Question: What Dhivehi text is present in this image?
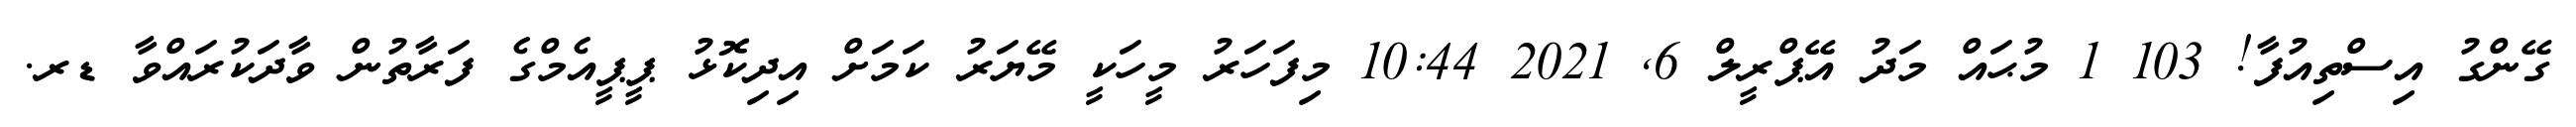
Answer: ގޭންގު އިސްތިއުފާ! 103 1 މުޙައް މަދު އޭޕްރީލް 6, 2021 10:44 މިފަހަރު މީހަކީ މޭޔަރު ކަމަށް އިދިކޮޅު ޕީޕީއެމްގެ ފަރާތުން ވާދަކުރައްވާ ޑރ.